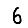
Digit: 6